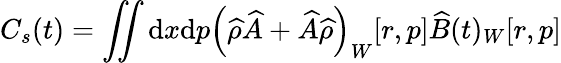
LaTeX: C_{s}(t)=\iint\mathrm{d}x\mathrm{d}p\left(\widehat{{\rho}}\widehat{{A}}+\widehat{{A}}\widehat{{\rho}}\right)_{W}[r,p]\widehat{{B}}(t)_{W}[r,p]